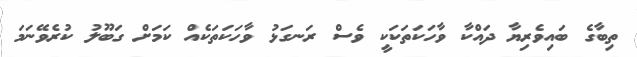
ތިބާގެ ބައިވެރިޔާ ދައްކާ ވާހަކަތަކަކީ ވެސް ރަނގަޅު ވާހަކަތަކެއް ކަމަށް ގަބޫލު ކުރެވޭނަމަ